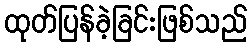
ထုတ်ပြန်ခဲ့ခြင်းဖြစ်သည်